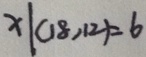
x 1 ( 1 8 , 1 2 ) = 6